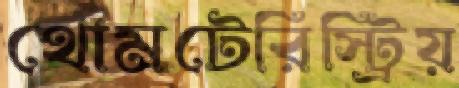
থোমটেরিস্ট্রিয়